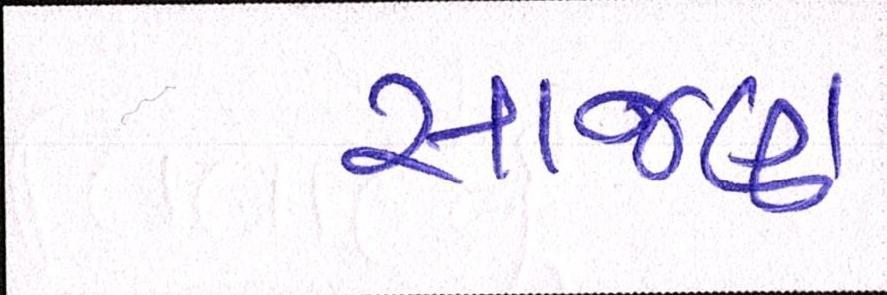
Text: સાજણ